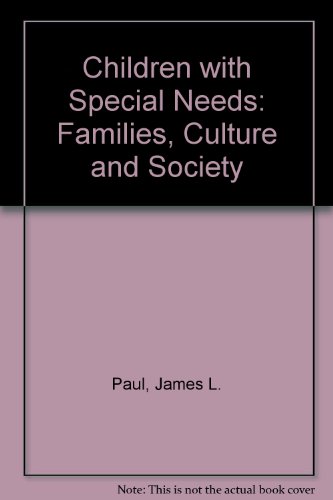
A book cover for Children With Special Needs: Families, Culture, and Society; Rune J. Simeonsson; Health, Fitness & Dieting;